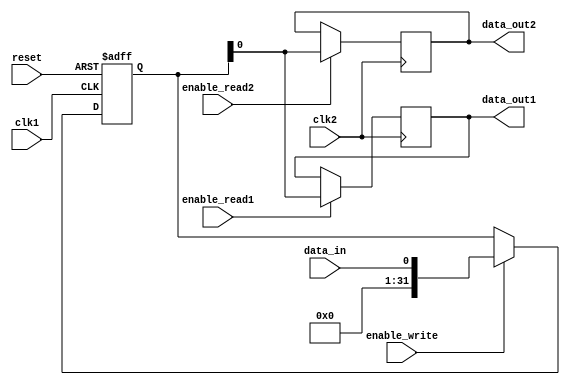
module dual_port_bypass_register (
    input clk1,
    input clk2,
    input reset,
    input data_in,
    input enable_write,
    input enable_read1,
    input enable_read2,
    output reg data_out1,
    output reg data_out2
);

reg [31:0] reg_data;

always @(posedge clk1 or posedge reset) begin
    if (reset) begin
        reg_data <= 32'h0;
    end else if (enable_write) begin
        reg_data <= data_in;
    end
end

always @(posedge clk2) begin
    if (enable_read1) begin
        data_out1 <= reg_data;
    end
    if (enable_read2) begin
        data_out2 <= reg_data;
    end
end

endmodule